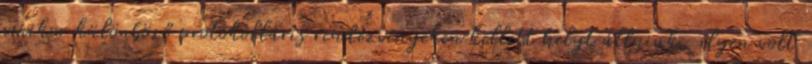
amikor különböző protokolláris rendezvényeken kellett helyt állniuk, ilyen volt